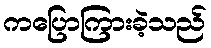
ကပြောကြားခဲ့သည်